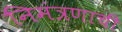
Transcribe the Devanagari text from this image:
निमंत्रणाची